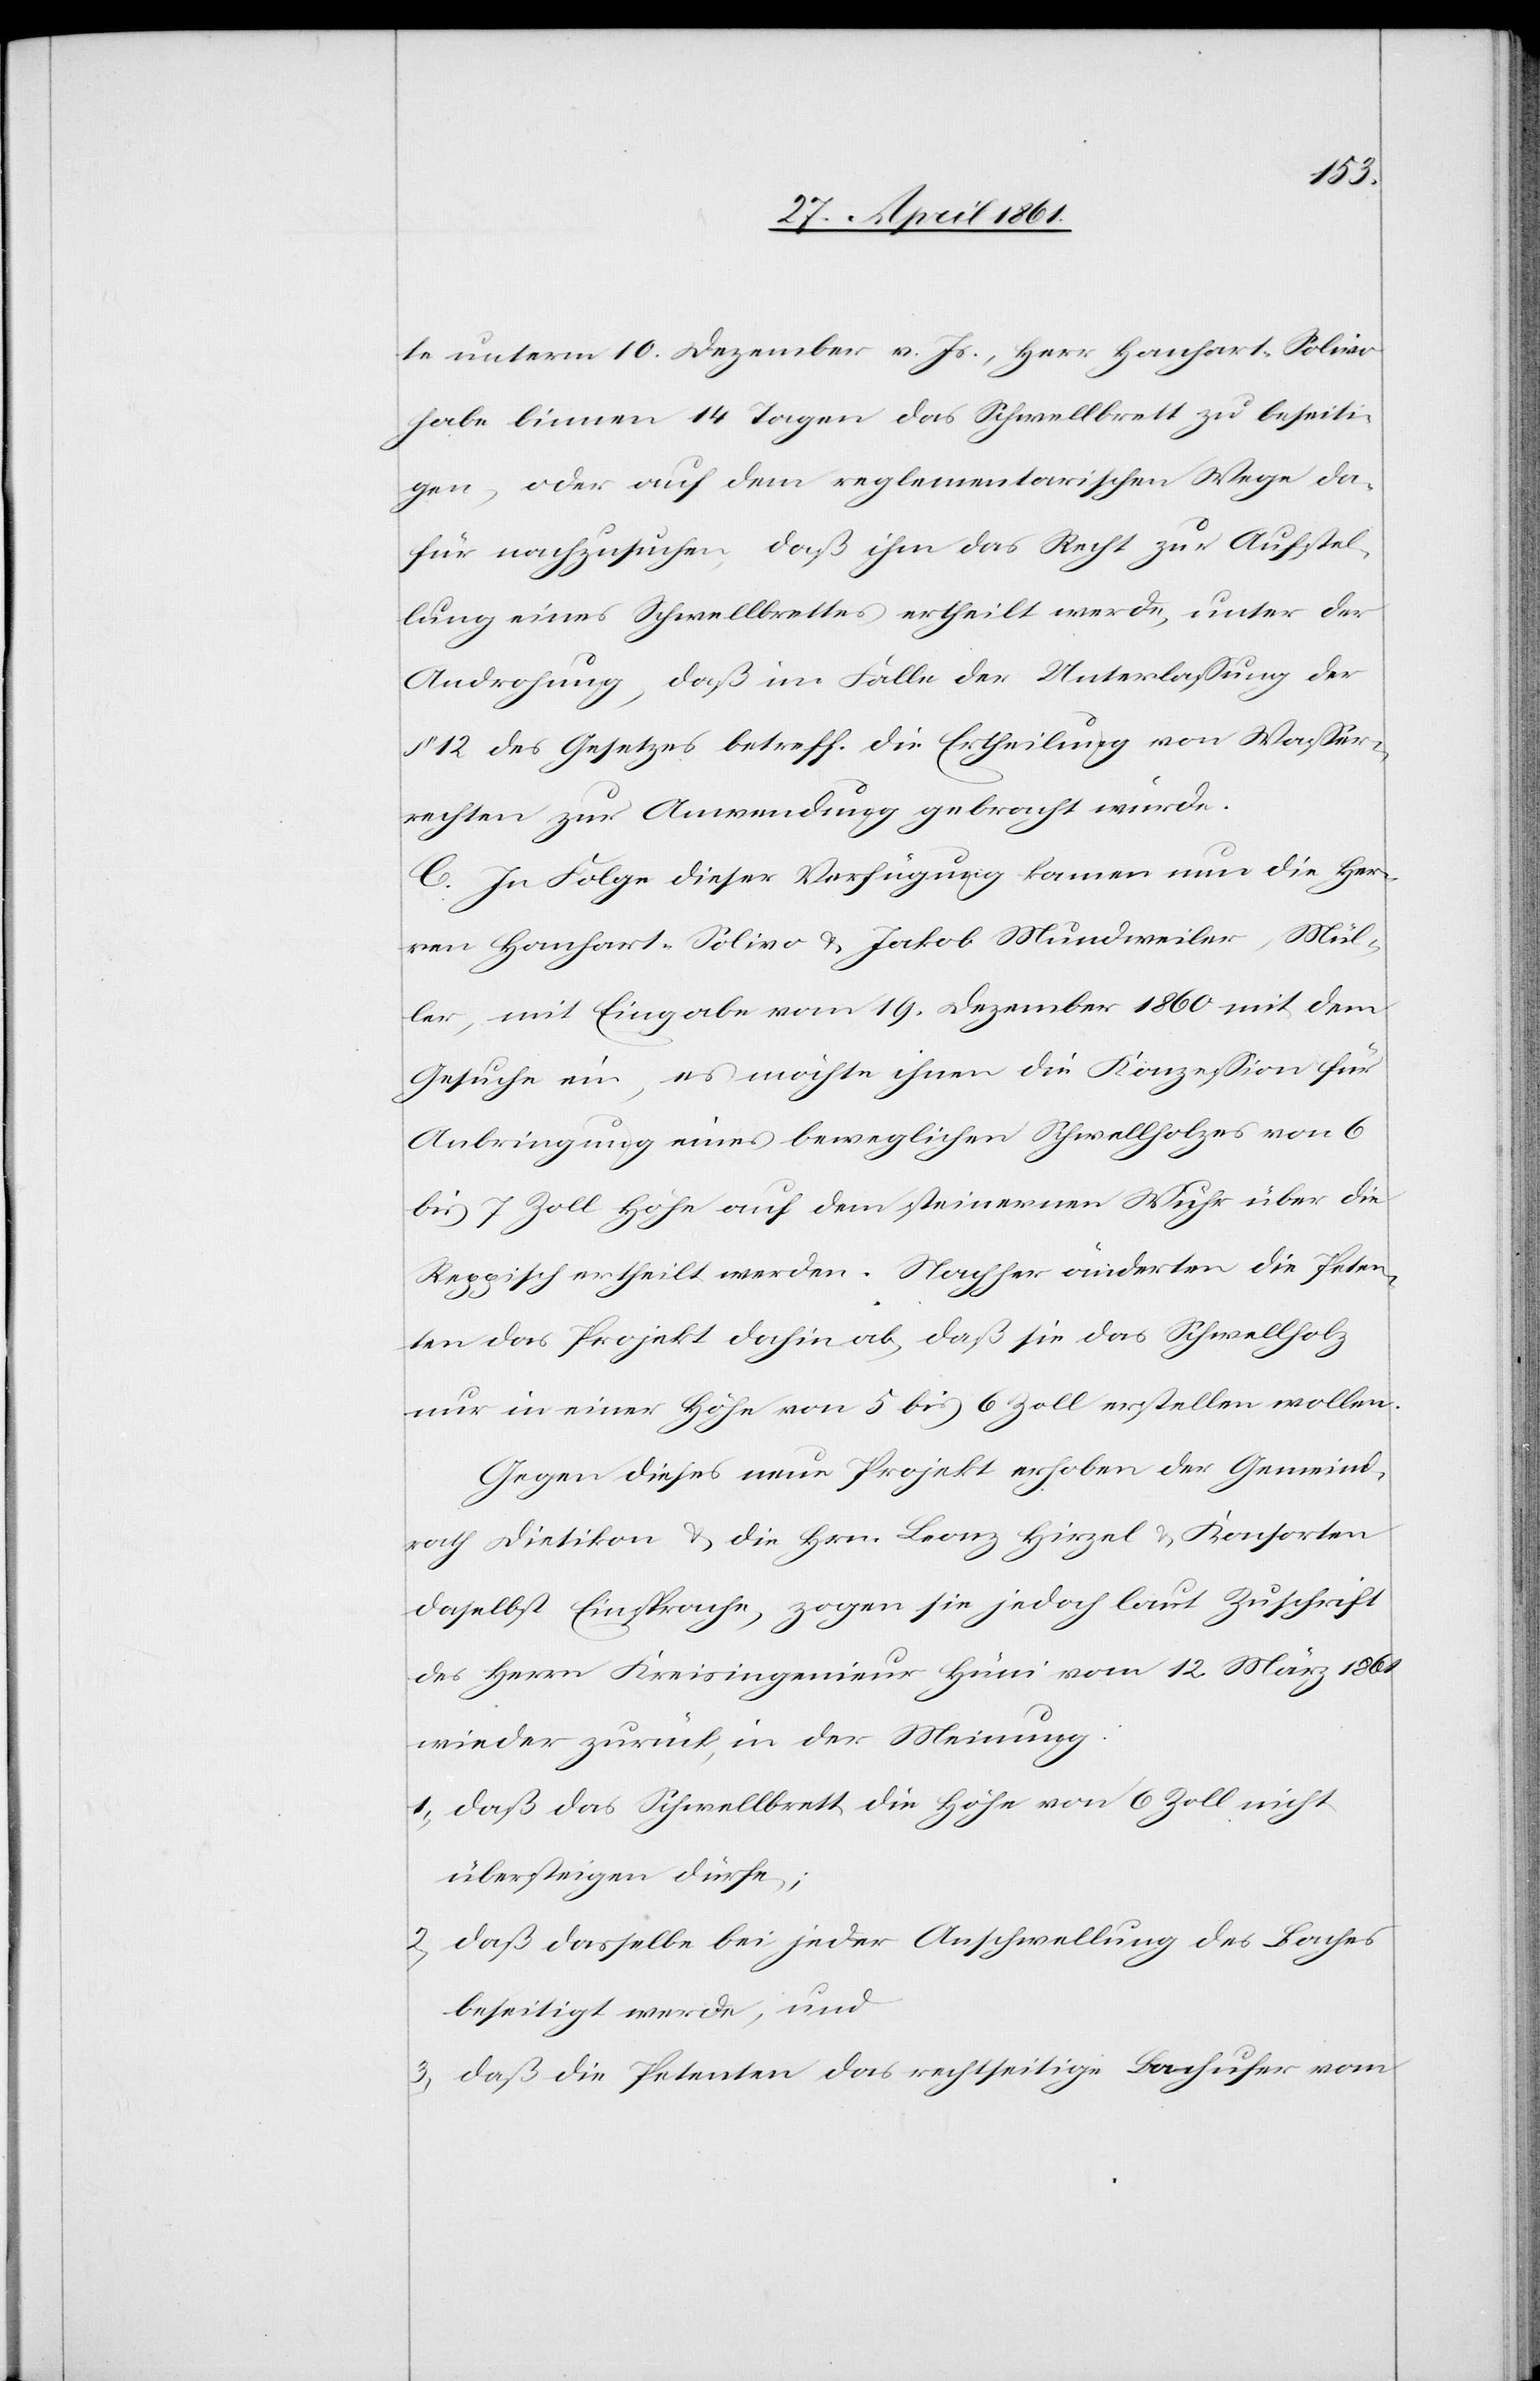
te unterm 10. Dezember v. Js., Herr Hanhart-Solivo
habe binnen 14 Tagen das Schwellbrett zu beseiti¬
gen, oder auf dem reglementarischen Wege da¬
für nachzusuchen, daß ihm das Recht zur Aufstel¬
lung eines Schwellbrettes ertheilt werde, unter der
Androhung, daß im Falle der Unterlassung der
§ 12 des Gesetzes betreff. die Ertheilung von Wasser¬
rechten zur Anwendung gebracht würde.
C. In Folge dieser Verfügung kamen nun die Her¬
ren Hanhart-Solivo u. Jakob Mundweiler, Mül¬
ler, mit Eingabe vom 19. Dezember 1860 mit dem
Gesuche ein, es möchte ihnen die Konzession für
Anbringung eines beweglichen Schwellholzes von 6
bis 7 Zoll Höhe auf dem steinernen Wuhr über die
Reppisch ertheilt werden. Nachher änderten die Peten¬
ten das Projekt dahin ab, daß sie das Schwellholz
nur in einer Höhe von 5 bis 6 Zoll erstellen wollen.
Gegen dieses neue Projekt erhoben der Gemeind¬
rath Dietikon u. die Hrn. Franz Hirzel u. Konsorten
daselbst Einsprache, zogen sie jedoch laut Zuschrift
des Herrn Kreisingenieur Hüni vom 12. März 1861
wieder zurück, in der Meinung:
1. daß das Schwellbrett die Höhe von 6 Zoll nicht
übersteigen dürfe;
2. daß dasselbe bei jeder Aufschwellung des Baches
beseitigt werde, und
3. daß die Petenten das rechtseitige Bachufer vom